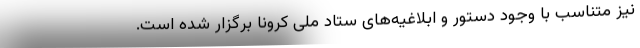
نیز متناسب با وجود دستور و ابلاغیه‌های ستاد ملی کرونا برگزار شده است.